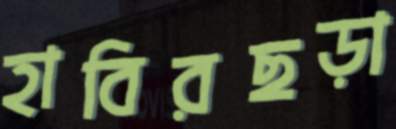
হাবিরছড়া